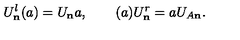
U _ { \bf n } ^ { l } ( a ) = U _ { \bf n } a , \qquad ( a ) U _ { \bf n } ^ { r } = a U _ { A \bf n } .